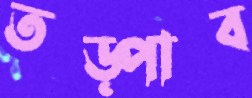
তড়্‌পাব